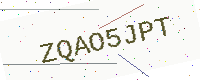
Text: ZQAO5JPT